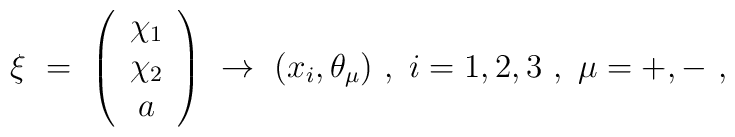
\xi \ =\ \left( \begin{array}{c}\chi_1 \\\chi_2 \\a \end{array} \right) \ \to \ (x_i , \theta_{\mu} )\ ,\ i=1,2,3\ ,\ \mu = +,-\ ,